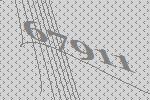
67911